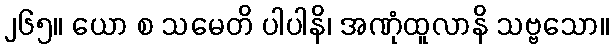
၂၆၅။ ယော စ သမေတိ ပါပါနိ၊ အဏုံထူလာနိ သဗ္ဗသော။